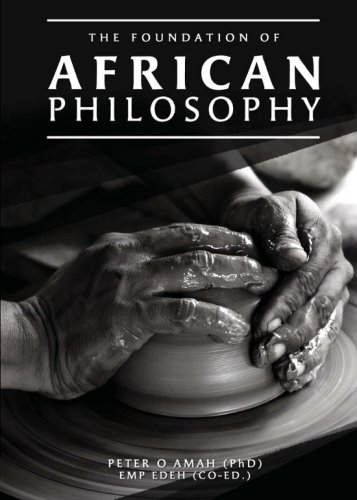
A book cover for The Foundation of African Philosophy; Peter O Amah (Phd); Politics & Social Sciences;